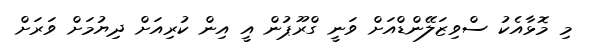
މި މޮޅާއެކު ސްވިޒަލޭންޑްއަށް ވަނީ ގްރޫޕުން އީ އިން ކުރިއަށް ދިޔުމަށް ވަރަށް